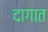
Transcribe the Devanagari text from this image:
दागात